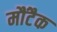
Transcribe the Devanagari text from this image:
मौंटैक